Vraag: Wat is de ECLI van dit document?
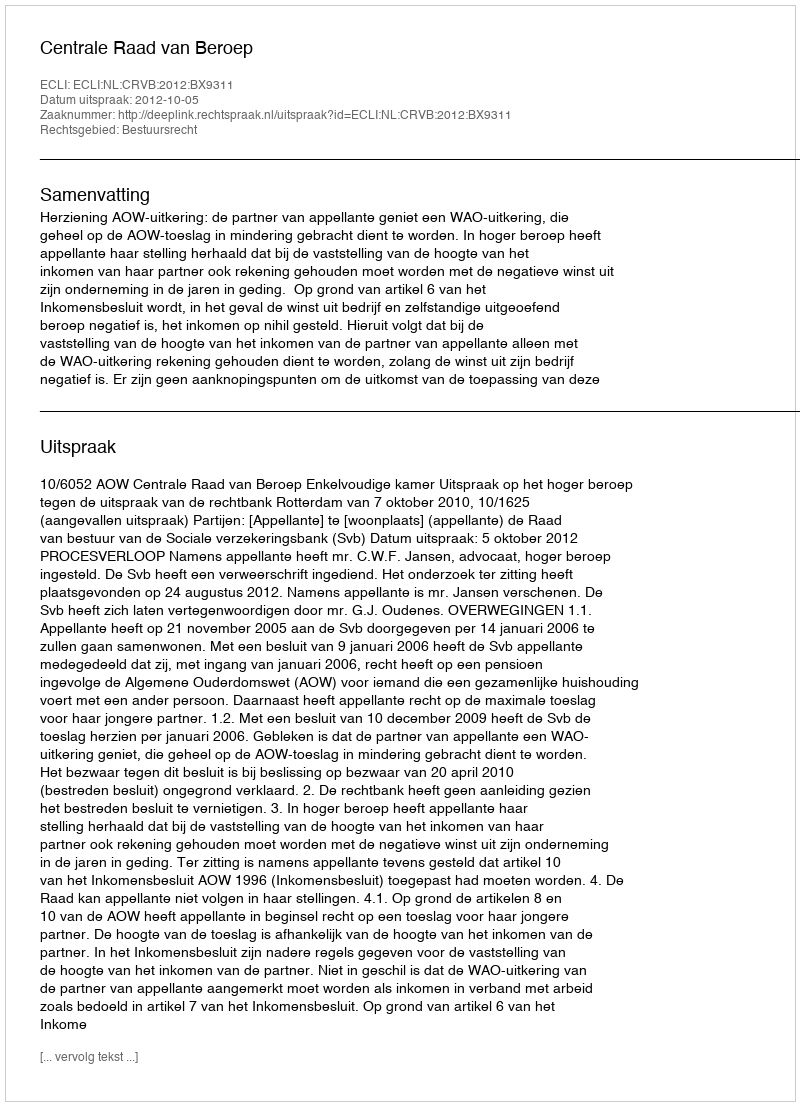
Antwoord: ECLI:NL:CRVB:2012:BX9311